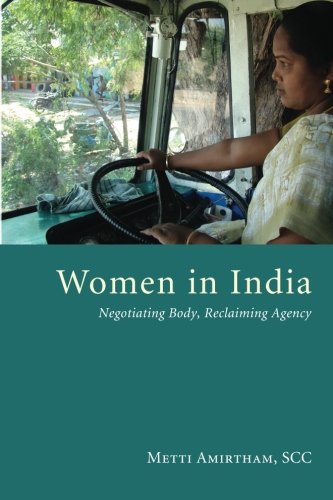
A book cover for Women in India: Negotiating Body, Reclaiming Agency; Metti Amirtham; Religion & Spirituality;